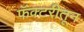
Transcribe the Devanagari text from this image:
फॅक्टरीतून